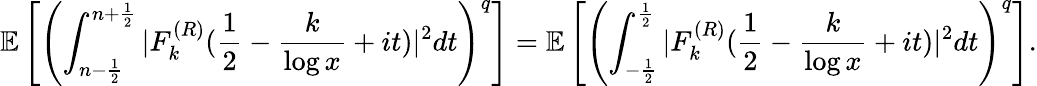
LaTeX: \mathbb E\left[\left(\int_{n-\frac{1}{2}}^{n+\frac{1}{2}}|F_{k}^{(R)}(\frac{1}{2}-\frac{k}{\log x}+it)|^{2}dt\right)^{q}\right]=\mathbb E\left[\left(\int_{-\frac{1}{2}}^{\frac{1}{2}}|F_{k}^{(R)}(\frac{1}{2}-\frac{k}{\log x}+it)|^{2}dt\right)^{q}\right].